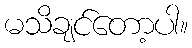
မသိချင်တော့ပါ။